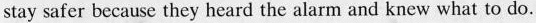
stay safer because they heard the alarm and knew what to do.